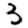
Digit: 3